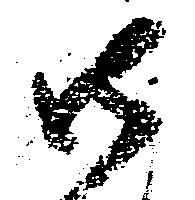
御